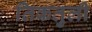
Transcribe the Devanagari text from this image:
तिकतुली